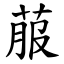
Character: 菔